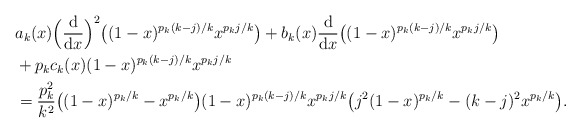
\begin{align*}& a_k(x) \Big(\frac{\textup{d}}{\textup{d}x}\Big)^2\big( (1-x)^{p_k(k-j)/k} x^{p_k j/k} \big)+ b_k(x) \frac{\textup{d}}{\textup{d}x}\big( (1-x)^{p_k(k-j)/k} x^{p_k j/k} \big) \\& + p_k c_k(x) (1-x)^{p_k(k-j)/k} x^{p_k j/k} \\& = \frac{p_k^2}{k^2} \big( (1-x)^{p_k/k} - x^{p_k/k} \big) (1-x)^{p_k(k-j)/k} x^{p_k j/k}\big( j^2 (1-x)^{p_k/k} - (k-j)^2 x^{p_k/k} \big).\end{align*}